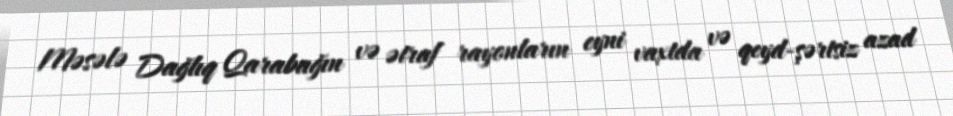
Məsələ Dağlıq Qarabağın və ətraf rayonların eyni vaxtda və qeyd-şərtsiz azad